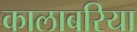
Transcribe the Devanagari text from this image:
कालाबरिया